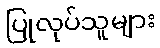
ပြုလုပ်သူများ